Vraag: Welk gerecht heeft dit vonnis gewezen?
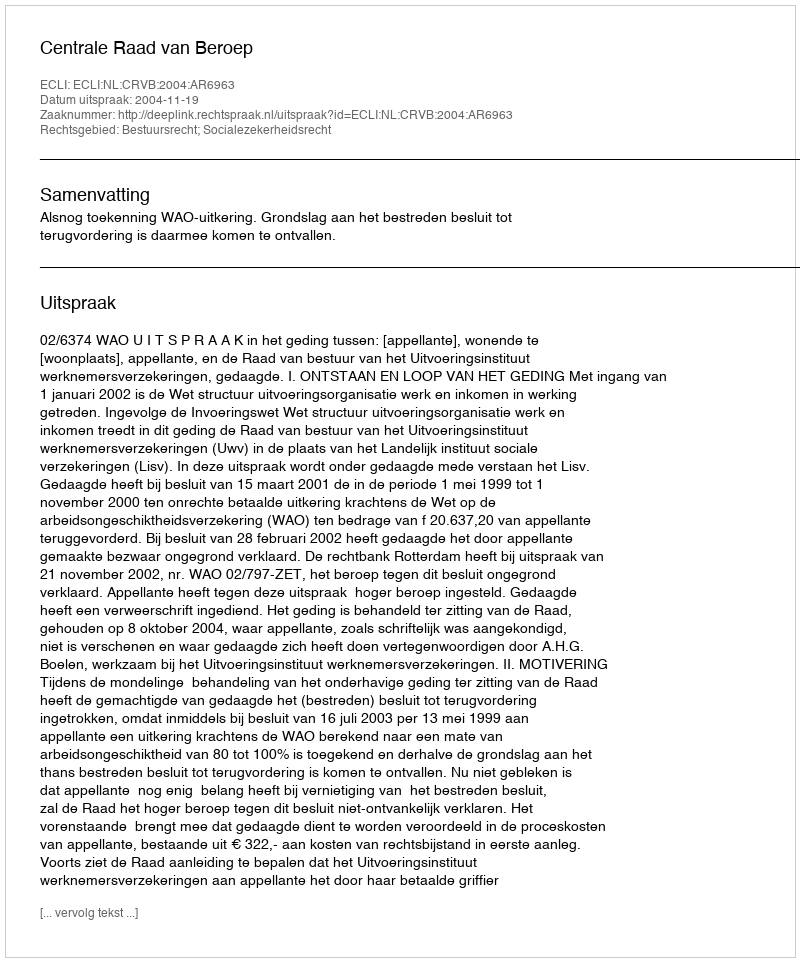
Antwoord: Centrale Raad van Beroep